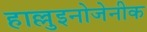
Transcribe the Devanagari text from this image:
हाल्लुइनोजेनीक